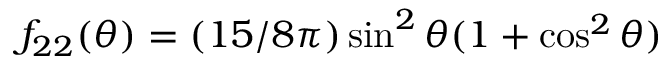
f _ { 2 2 } ( \theta ) = ( 1 5 / 8 \pi ) \sin ^ { 2 } \theta ( 1 + \cos ^ { 2 } \theta )